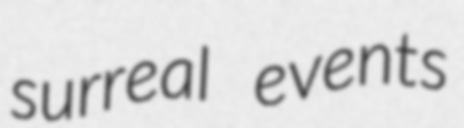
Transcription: surreal events